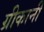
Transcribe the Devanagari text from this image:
ग्रीकानी